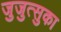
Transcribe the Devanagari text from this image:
जुजुत्सुका